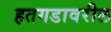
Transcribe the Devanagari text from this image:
हतगडावरील